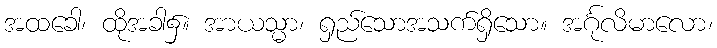
အထခေါ၊ ထိုအခါ၌။ အာယသ္မာ၊ ရှည်သောအသက်ရှိသော။ အင်္ဂုလိမာလော၊